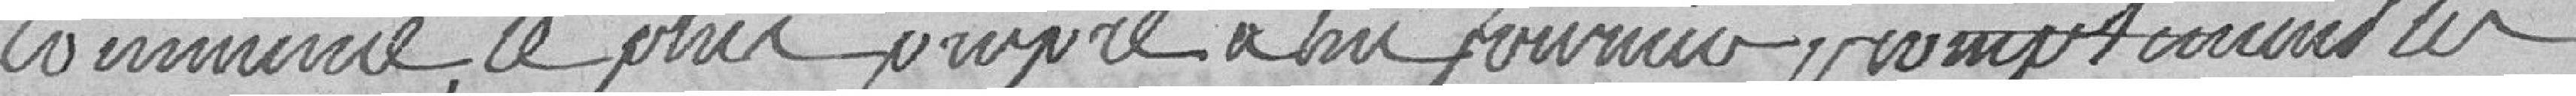
commune, le prix propre à lui fournir promptement les